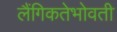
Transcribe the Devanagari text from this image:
लैंगिकतेभोवती